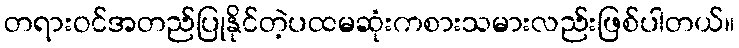
တရားဝင်အတည်ပြုနိုင်တဲ့ပထမဆုံးကစားသမားလည်းဖြစ်ပါတယ်။